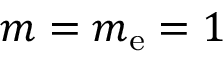
m = m _ { \mathrm { e } } = 1